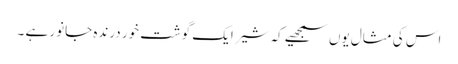
اس کی مثال یوں سمجھیے کہ شیر ایک گوشت خور درندہ جانور ہے ۔